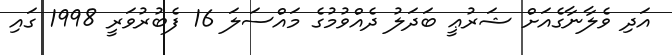
އަދި ވެލާނާގެއަށް ޝަރުޢީ ބަދަލު ދެއްވުމުގެ މައްސަލަ 16 ފެބުރުވަރީ 1998 ގައި